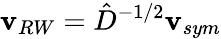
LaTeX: \mathbf{v}_{RW}=\hat{D}^{-1/2}\mathbf{v}_{sym}